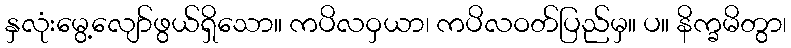
နှလုံးမွေ့လျော်ဖွယ်ရှိသော။ ကပိလဝှယာ၊ ကပိလဝတ်ပြည်မှ။ ပ။ နိက္ခမိတွာ၊